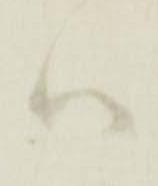
ハ